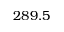
2 8 9 . 5